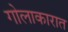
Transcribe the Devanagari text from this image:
गोलाकारात